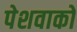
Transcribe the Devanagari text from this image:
पेशवाको